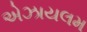
એઝાયલમ